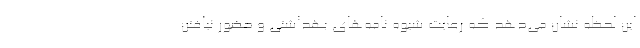
این لحظه نشان می‌دهد که رعایت شیوه نامه‌های بهداشتی و حضور نیافتن